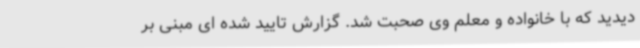
دیدید که با خانواده و معلم وی صحبت شد. گزارش تایید شده ای مبنی بر